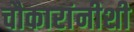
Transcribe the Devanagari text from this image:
चौकारांनीशी